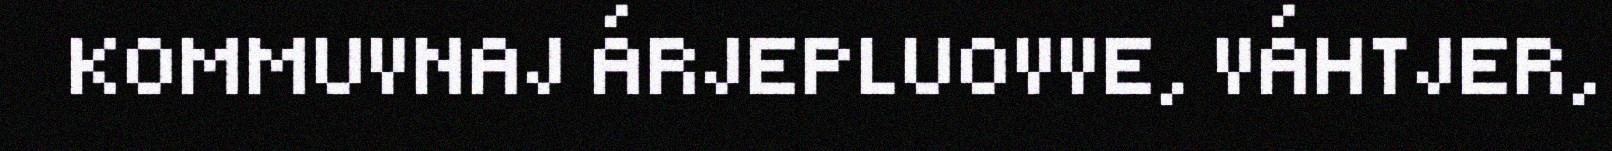
KOMMUVNAJ ÁRJEPLUOVVE, VÁHTJER,